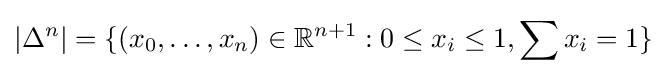
|\Delta ^{n}|=\{(x_{0},\dots ,x_{n})\in \mathbb {R} ^{n+1}:0\leq x_{i}\leq 1,\sum x_{i}=1\}